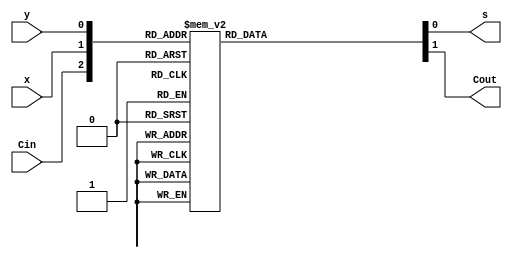
/*
 * full-adder implemented using case statement
 *
*/


// Full adder
module fulladd (Cin, x, y, s, Cout);
input Cin, x, y;
output reg s, Cout;

always @(Cin, x, y)
begin
	case ( {Cin, x, y} )
		3'b000: {Cout, s} = 'b00;
		3'b001: {Cout, s} = 'b01;
		3'b010: {Cout, s} = 'b01;
		3'b011: {Cout, s} = 'b10;
		3'b100: {Cout, s} = 'b01;
		3'b101: {Cout, s} = 'b10;
		3'b110: {Cout, s} = 'b10;
		3'b111: {Cout, s} = 'b11;
		//it is good practice to use a default assignment, 
		//otherwise a latch may be inferred for non used
		//combinations
	endcase
end
endmodule